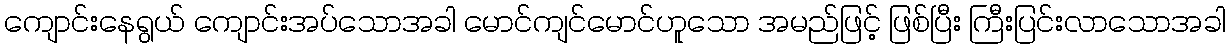
ကျောင်းနေရွယ် ကျောင်းအပ်သောအခါ မောင်ကျင်မောင်ဟူသော အမည်ဖြင့် ဖြစ်ပြီး ကြီးပြင်းလာသောအခါ